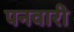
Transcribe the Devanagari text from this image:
पनवारी